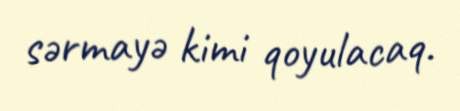
sərmayə kimi qoyulacaq.